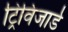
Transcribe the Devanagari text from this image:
ट्रिविजार्ड